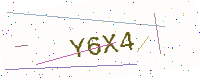
Text: Y6X4